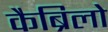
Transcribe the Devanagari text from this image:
कैब्रिलो